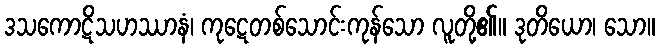
ဒသကောဋိသဟဿာနံ၊ ကုဋေတစ်သောင်းကုန်သော လူတို့၏။ ဒုတိယော၊ သော။